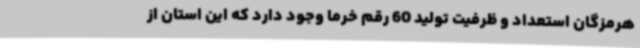
هرمزگان استعداد و ظرفیت تولید 60 رقم خرما وجود دارد که این استان از